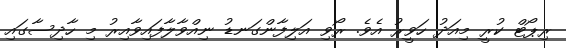
ރިޕޯޓް ކުރީ މިއަދު ހަވީރު އެވެ. ރޯވި އަލިފާންގަނޑު ނިއްވާލާފައިވާއިރު މި ހާދިސާގައި